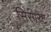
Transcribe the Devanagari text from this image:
सिरगरेट